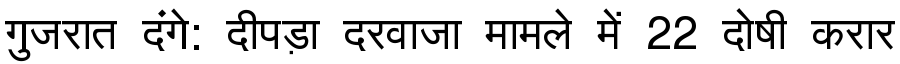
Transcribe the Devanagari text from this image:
गुजरात दंगे: दीपड़ा दरवाजा मामले में 22 दोषी करार